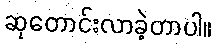
ဆုတောင်းလာခဲ့တာပါ။